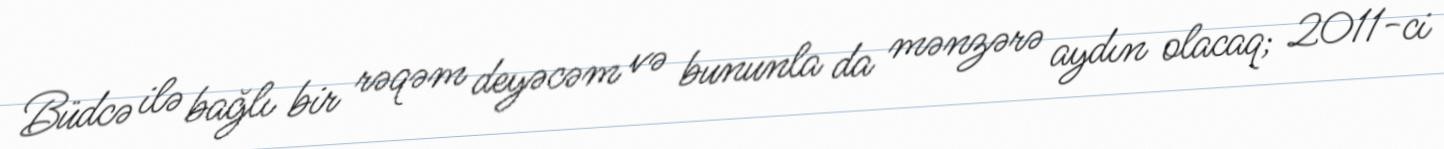
Büdcə ilə bağlı bir rəqəm deyəcəm və bununla da mənzərə aydın olacaq; 2011-ci